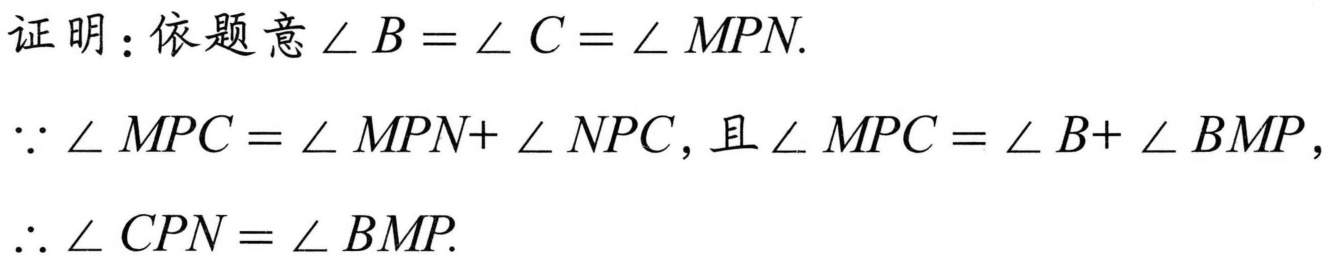
证明：依题意$\angle B = \angle C = \angle MPN.$
$\because \angle MPC = \angle MPN+ \angle NPC$, 且$\angle MPC = \angle B+ \angle BMP$,
$\therefore \angle CPN = \angle BMP.$